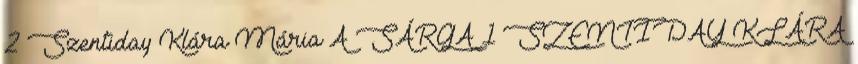
2 Szentiday Klára Mária A SÁRGA 1 SZENTIDAY KLÁRA